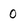
Character: 0